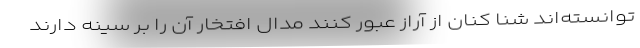
توانسته‌اند شنا کنان از آراز عبور کنند مدال افتخار آن را بر سینه دارند